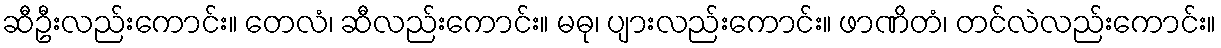
ဆီဦးလည်းကောင်း။ တေလံ၊ ဆီလည်းကောင်း။ မဓု၊ ပျားလည်းကောင်း။ ဖာဏိတံ၊ တင်လဲလည်းကောင်း။